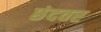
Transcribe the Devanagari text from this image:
छंदवर